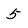
Character: 5